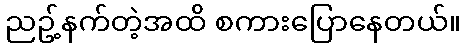
ညဥ့်နက်တဲ့အထိ စကားပြောနေတယ်။